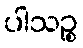
ပါသဉ္စ